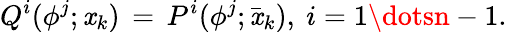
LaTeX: Q^{i}(\phi^{j};\mathit{x}_{k})\, =\, P^{i}(\phi^{j};\bar{{\mathit{x}}}_{k}),\ i=1\dotsn-1.